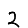
Digit: 2